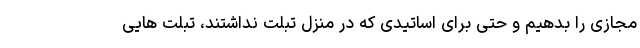
مجازی را بدهیم و حتی برای اساتیدی که در منزل تبلت نداشتند، تبلت هایی